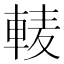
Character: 𨌐